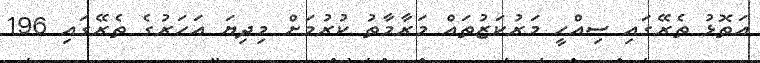
އަތޮޅު ތެރޭގައި ސިއްހީ މަރުކަޒުތައް މަރާމާތު ކުރުމަށް މިދިޔަ އަހަރުގެ ތެރޭގައި 196